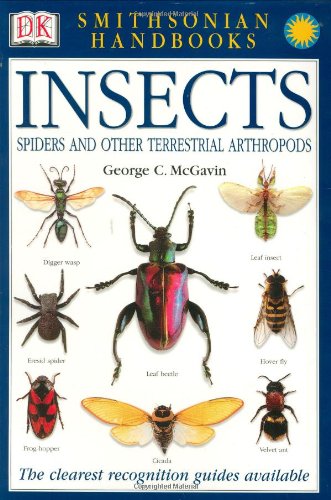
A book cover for Smithsonian Handbooks: Insects (Smithsonian Handbooks); George C. McGavin; Science & Math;